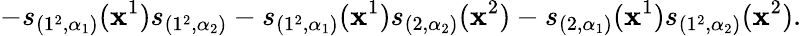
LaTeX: -s_{(1^{2},\alpha_{1})}(\mathbf{x}^{1})s_{(1^{2},\alpha_{2})}-s_{(1^{2},\alpha_{1})}(\mathbf{x}^{1})s_{(2,\alpha_{2})}(\mathbf{x}^{2})-s_{(2,\alpha_{1})}(\mathbf{x}^{1})s_{(1^{2},\alpha_{2})}(\mathbf{x}^{2}).